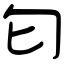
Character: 匂